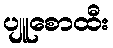
ပျူစောထီး